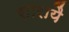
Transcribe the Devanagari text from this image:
सारायै